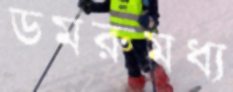
ডমরুমধ্য